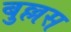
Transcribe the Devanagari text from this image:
बुल्लस